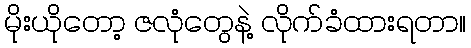
မိုးယိုတော့ ဇလုံတွေနဲ့ လိုက်ခံထားရတာ။